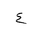
Letter: _ayn